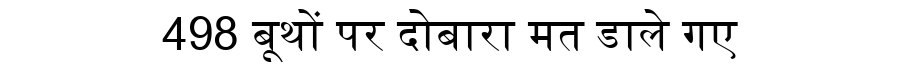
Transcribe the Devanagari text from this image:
498 बूथों पर दोबारा मत डाले गए